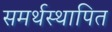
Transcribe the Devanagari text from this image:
समर्थस्थापित